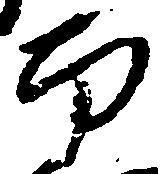
南